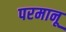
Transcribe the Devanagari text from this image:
परमानू